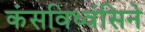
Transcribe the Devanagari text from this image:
कंसविध्वंसिने